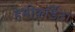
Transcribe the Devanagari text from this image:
हेमीकॉर्डेटा